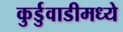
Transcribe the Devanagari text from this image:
कुर्डुवाडीमध्ये